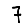
Digit: 7